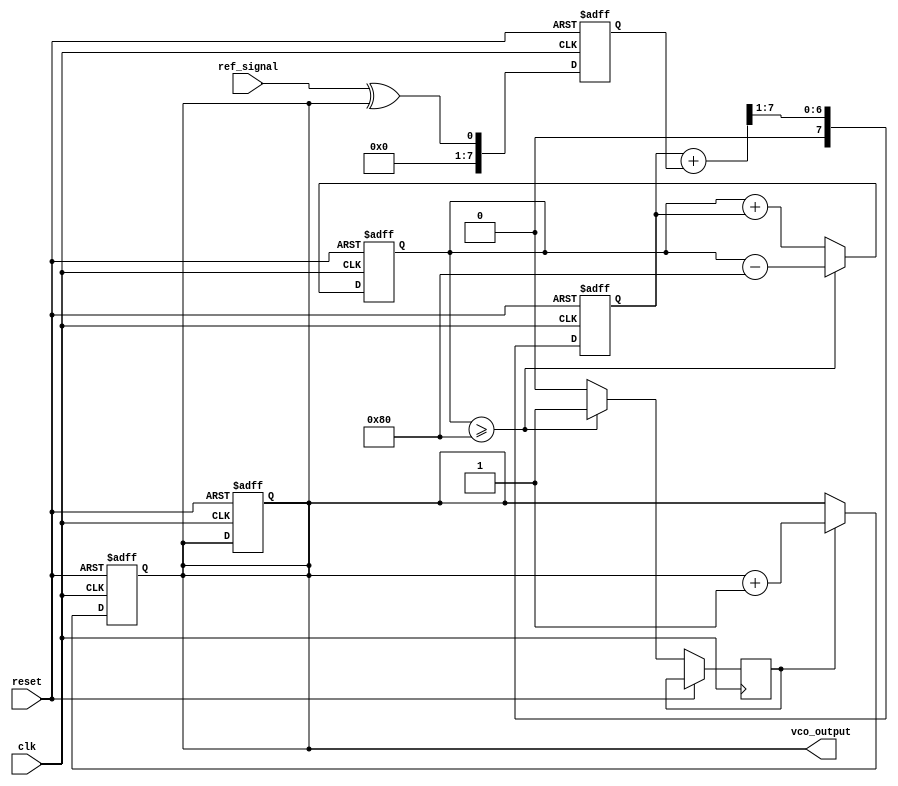
module sigma_delta_pll (
    input wire clk,               // System clock
    input wire reset,             // Reset signal
    input wire ref_signal,        // Reference signal input
    output wire vco_output        // VCO output signal
);

    // Parameters
    parameter N = 8;              // Number of bits for control voltage
    parameter VCO_MAX_FREQ = 100; // Max VCO frequency in some unit

    // Wires and Registers
    reg [N-1:0] control_voltage;  // Control voltage for VCO
    reg vco_state;                // VCO state (1-bit output)
    reg [N-1:0] phase_error;      // Phase error signal
    wire phase_detected;          // Phase detection signal
    wire [N-1:0] filtered_signal; // Filtered signal from loop filter
    wire sigma_delta_out;         // Output of sigma-delta modulator

    // Phase Detector
    always @(posedge clk or posedge reset) begin
        if (reset) begin
            phase_error <= 0;
        end else begin
            phase_error <= ref_signal ^ vco_state; // XOR for phase detection
        end
    end

    // Loop Filter (Simple Averaging Filter)
    always @(posedge clk or posedge reset) begin
        if (reset) begin
            control_voltage <= 0;
        end else begin
            control_voltage <= (control_voltage + phase_error) >> 1; // Simple LPF
        end
    end

    // Sigma-Delta Modulator
    reg [N-1:0] integrator;
    always @(posedge clk or posedge reset) begin
        if (reset) begin
            integrator <= 0;
            vco_state <= 0;
        end else begin
            integrator <= integrator + control_voltage; // Integrate control voltage
            if (integrator >= (1 << (N-1))) begin
                sigma_delta_out <= 1; // Set output high
                integrator <= integrator - (1 << (N-1)); // Adjust integrator
            end else begin
                sigma_delta_out <= 0; // Set output low
            end
        end
    end

    // Voltage-Controlled Oscillator (VCO)
    always @(posedge clk or posedge reset) begin
        if (reset) begin
            vco_state <= 0;
        end else begin
            vco_state <= (sigma_delta_out) ? (vco_state + 1) : vco_state; // Increment or hold
        end
    end

    // Output signal (VCO output)
    assign vco_output = vco_state;

endmodule